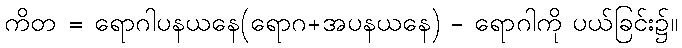
ကိတ = ရောဂါပနယနေ(ရောဂ+အပနယနေ) - ရောဂါကို ပယ်ခြင်း၌။